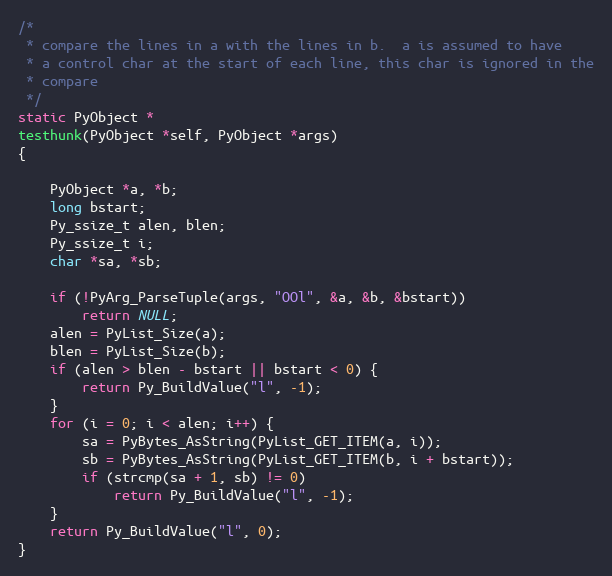
Language: C
/*
 * compare the lines in a with the lines in b.  a is assumed to have
 * a control char at the start of each line, this char is ignored in the
 * compare
 */
static PyObject *
testhunk(PyObject *self, PyObject *args)
{

	PyObject *a, *b;
	long bstart;
	Py_ssize_t alen, blen;
	Py_ssize_t i;
	char *sa, *sb;

	if (!PyArg_ParseTuple(args, "OOl", &a, &b, &bstart))
		return NULL;
	alen = PyList_Size(a);
	blen = PyList_Size(b);
	if (alen > blen - bstart || bstart < 0) {
		return Py_BuildValue("l", -1);
	}
	for (i = 0; i < alen; i++) {
		sa = PyBytes_AsString(PyList_GET_ITEM(a, i));
		sb = PyBytes_AsString(PyList_GET_ITEM(b, i + bstart));
		if (strcmp(sa + 1, sb) != 0)
			return Py_BuildValue("l", -1);
	}
	return Py_BuildValue("l", 0);
}